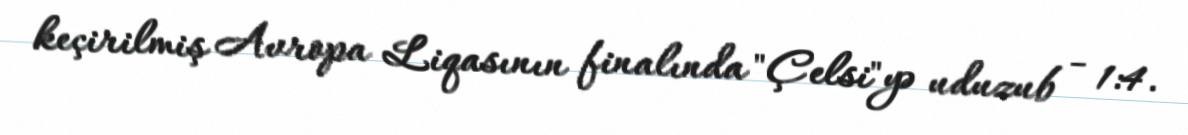
keçirilmiş Avropa Liqasının finalında "Çelsi"yə uduzub - 1:4.